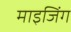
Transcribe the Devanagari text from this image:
माइजिंग